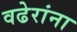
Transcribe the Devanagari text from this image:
वढेरांना